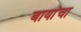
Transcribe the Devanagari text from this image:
बायांचा